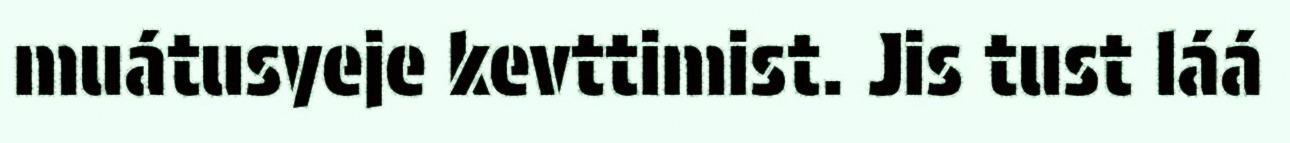
muátusyeje kevttimist. Jis tust láá